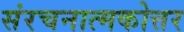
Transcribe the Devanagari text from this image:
संरचनात्मकोत्तर